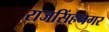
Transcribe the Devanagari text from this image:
राजसिंहनगर